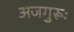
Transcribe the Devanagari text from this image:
अजगुरूः